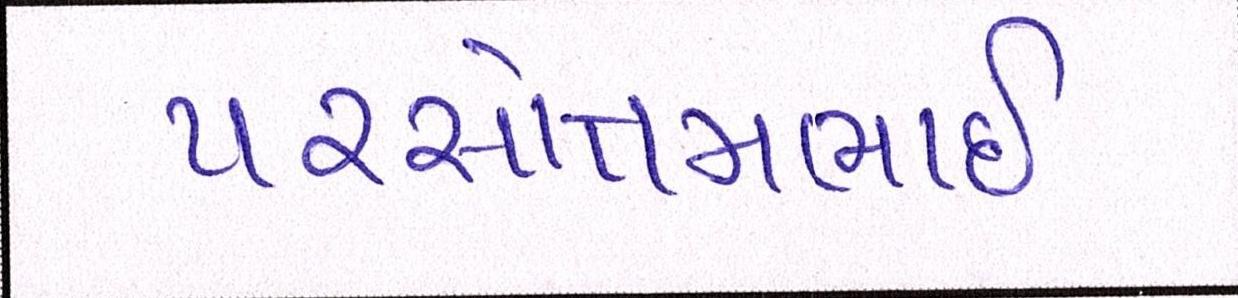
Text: પરસોત્તમભાઈ